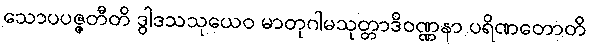
သောပပဇ္ဇတီတိ ဒွါဒသသုယေဝ မာတုဂါမသုတ္တာဒိဝဏ္ဏနာ ပရိဏတောတိ